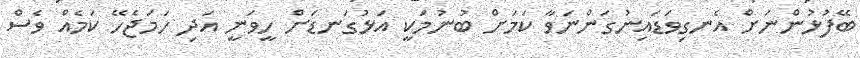
ބޭފުޅުންނަށް އެނގިވަޑައިނުގަންނަވާ ކަމަށް ބުނުމަކީ އަޅުގަނޑަށް ހީވަނީ އަދި ހަމަޖެހޭ ކަމެއް ވެސް